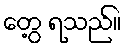
တွေ့ ရသည်။